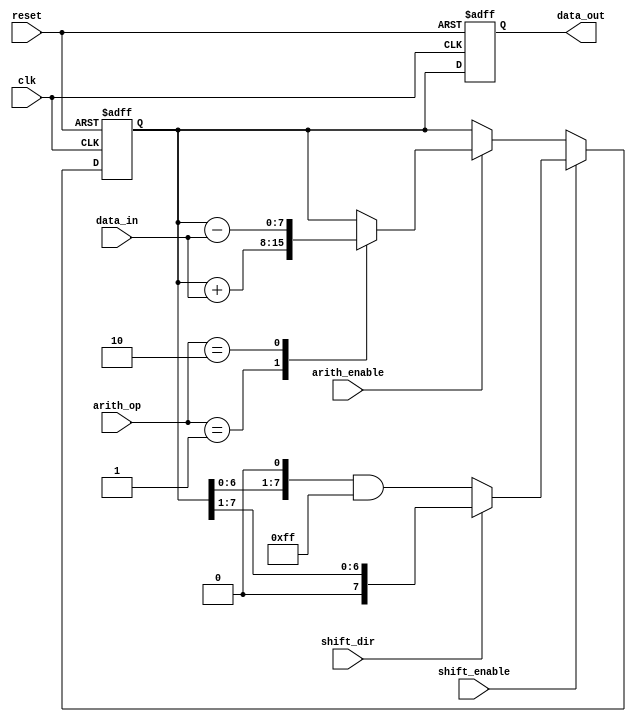
module LogarithmicShiftRegister #(
    parameter DATA_WIDTH = 8, // Define the width of the data
    parameter LOG_MAX = 255    // Maximum value for log representation
)(
    input wire clk,            // Clock signal
    input wire reset,          // Reset signal
    input wire [DATA_WIDTH-1:0] data_in, // Input data
    input wire shift_enable,    // Enable shift operation
    input wire shift_dir,       // Shift direction: 0 = left, 1 = right
    input wire arith_enable,     // Enabling arithmetic operation
    input wire [1:0] arith_op,   // Arithmetic operation: 00 = none, 01 = Add, 10 = Subtract
    output reg [DATA_WIDTH-1:0] data_out // Output data
);

    // Internal register to hold the current value
    reg [DATA_WIDTH-1:0] register;

    // Asynchronous reset logic
    always @(posedge clk or posedge reset) begin
        if (reset) begin
            register <= 0;            // Initialize register to 0 on reset
            data_out <= 0;           // Initialize output to 0
        end
        else begin
            // Arithmetic operation
            if (arith_enable) begin
                case(arith_op)
                    2'b01: register <= register + data_in; // Addition
                    2'b10: register <= register - data_in; // Subtraction
                    default: register <= register; // No operation
                endcase
            end
            
            // Shift operation
            if (shift_enable) begin
                if (shift_dir == 1'b0) begin
                    // Shift left (equivalent to multiplying by 2)
                    register <= (register << 1) & LOG_MAX; // Shift left and limit to LOG_MAX
                end else begin
                    // Shift right (equivalent to dividing by 2)
                    register <= (register >> 1); // Shift right
                end
            end

            // Output assignment
            data_out <= register;
        end
    end
endmodule